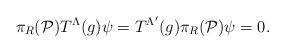
LaTeX: \begin{gather*}\pi_R({\cal P}) T^{\Lambda}(g) \psi = T^{\Lambda'}(g) \pi_R({\cal P}) \psi = 0.\end{gather*}